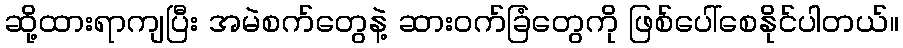
ဆို့ထားရာကျပြီး အမဲစက်တွေနဲ့ ဆားဝက်ခြံတွေကို ဖြစ်ပေါ်စေနိုင်ပါတယ်။